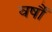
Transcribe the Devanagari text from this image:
वर्षौं